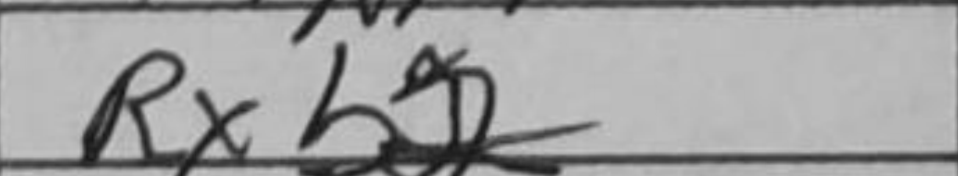
Transcription: Rxb2